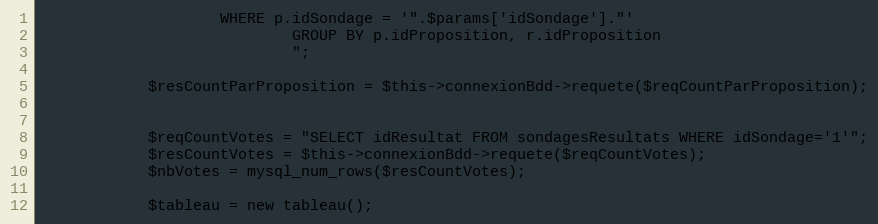
Language: PHP
					WHERE p.idSondage = '".$params['idSondage']."'
							GROUP BY p.idProposition, r.idProposition
							";

			$resCountParProposition = $this->connexionBdd->requete($reqCountParProposition);

			$reqCountVotes = "SELECT idResultat FROM sondagesResultats WHERE idSondage='1'";
			$resCountVotes = $this->connexionBdd->requete($reqCountVotes);
			$nbVotes = mysql_num_rows($resCountVotes);

			$tableau = new tableau();